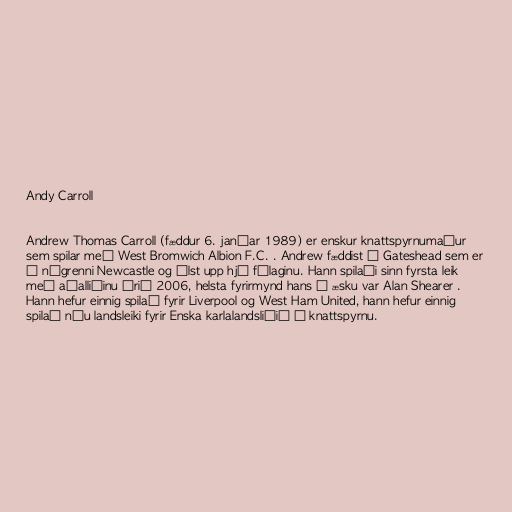
Andy Carroll

Andrew Thomas Carroll (fæddur 6. janúar 1989) er enskur knattspyrnumaður
sem spilar með West Bromwich Albion F.C. . Andrew fæddist í Gateshead sem er
í nágrenni Newcastle og ólst upp hjá félaginu. Hann spilaði sinn fyrsta leik
með aðalliðinu árið 2006, helsta fyrirmynd hans í æsku var Alan Shearer .
Hann hefur einnig spilað fyrir Liverpool og West Ham United, hann hefur einnig
spilað níu landsleiki fyrir Enska karlalandsliðið í knattspyrnu.